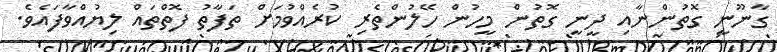
ގާނޫނީ ގޮތުންނާއި ދީނީ ގޮތުން މީހުން ހޭލުންތެރި ކުރެއްވުމަށް ތަފާތު ފޮތްތައް ލިޔުއްވާފައެވެ.